Source: Handwritten
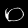
Digit: ၀ (0)